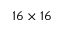
1 6 \times 1 6